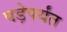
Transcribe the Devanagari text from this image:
पड़ेपर्यंत